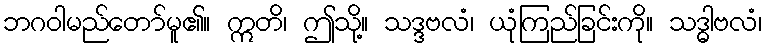
ဘဂဝါမည်တော်မူ၏။ ဣတိ၊ ဤသို့။ သဒ္ဒဗလံ၊ ယုံကြည်ခြင်းကို။ သဒ္ဓါဗလံ၊